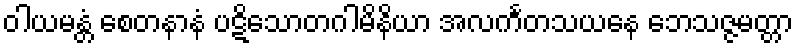
ဝါယမန္တံ စေတနာနံ ပဋိသောတဂါမိနိယာ အလင်္ကတသယနေ ဘေသဇ္ဇမတ္တာ